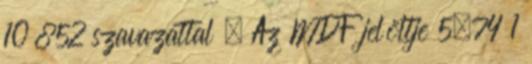
10 852 szavazattal . Az MDF jelöltje 5,74 1